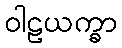
ဝါဠယက္ခာ